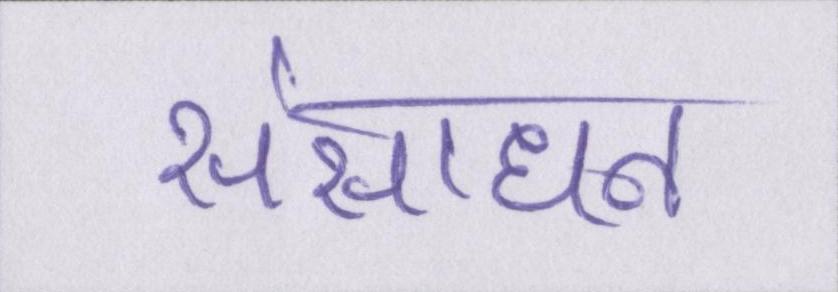
संसाधन